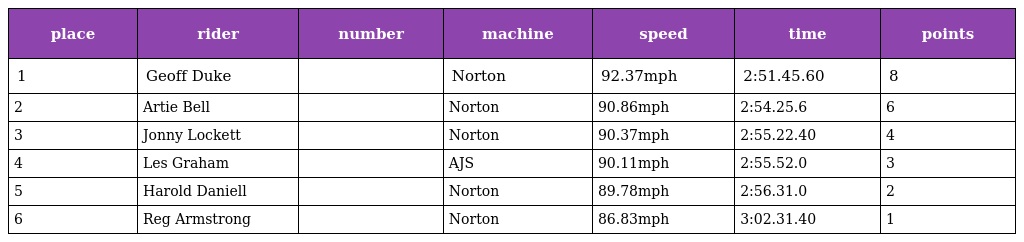
| place | rider | number | machine | speed | time | points |
 | --- | --- | --- | --- | --- | --- | --- |
 | 1 | Geoff Duke |  | Norton | 92.37mph | 2:51.45.60 | 8 |
 | 2 | Artie Bell |  | Norton | 90.86mph | 2:54.25.6 | 6 |
 | 3 | Jonny Lockett |  | Norton | 90.37mph | 2:55.22.40 | 4 |
 | 4 | Les Graham |  | AJS | 90.11mph | 2:55.52.0 | 3 |
 | 5 | Harold Daniell |  | Norton | 89.78mph | 2:56.31.0 | 2 |
 | 6 | Reg Armstrong |  | Norton | 86.83mph | 3:02.31.40 | 1 |